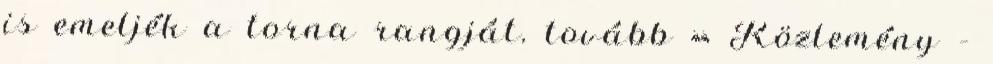
is emeljék a torna rangját. tovább » Közlemény –